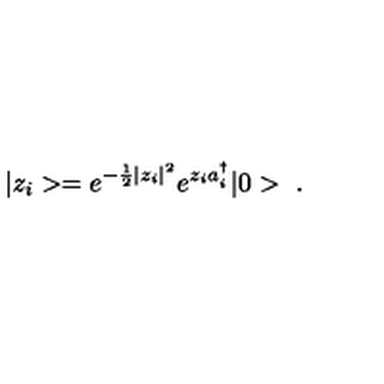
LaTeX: | z _ { i } > = e ^ { - \frac { 1 } { 2 } | z _ { i } | ^ { 2 } } e ^ { z _ { i } a _ { i } ^ { \dagger } } | 0 > \ .